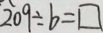
2 0 9 \div b = \square